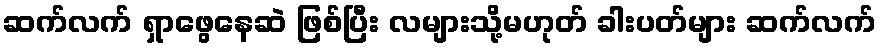
ဆက်လက် ရှာဖွေနေဆဲ ဖြစ်ပြီး လများသို့မဟုတ် ခါးပတ်များ ဆက်လက်